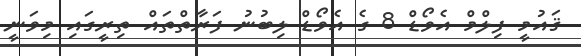
ޤައުމީ ފިލްމް އެވޯޑް 8 ގެ އެވޯޑް ލިބުނު ފަރާތްތައް ތިރީގައި މިވަނީ